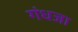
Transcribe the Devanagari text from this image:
गंधजा